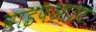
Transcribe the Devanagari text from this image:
वाइपआउट